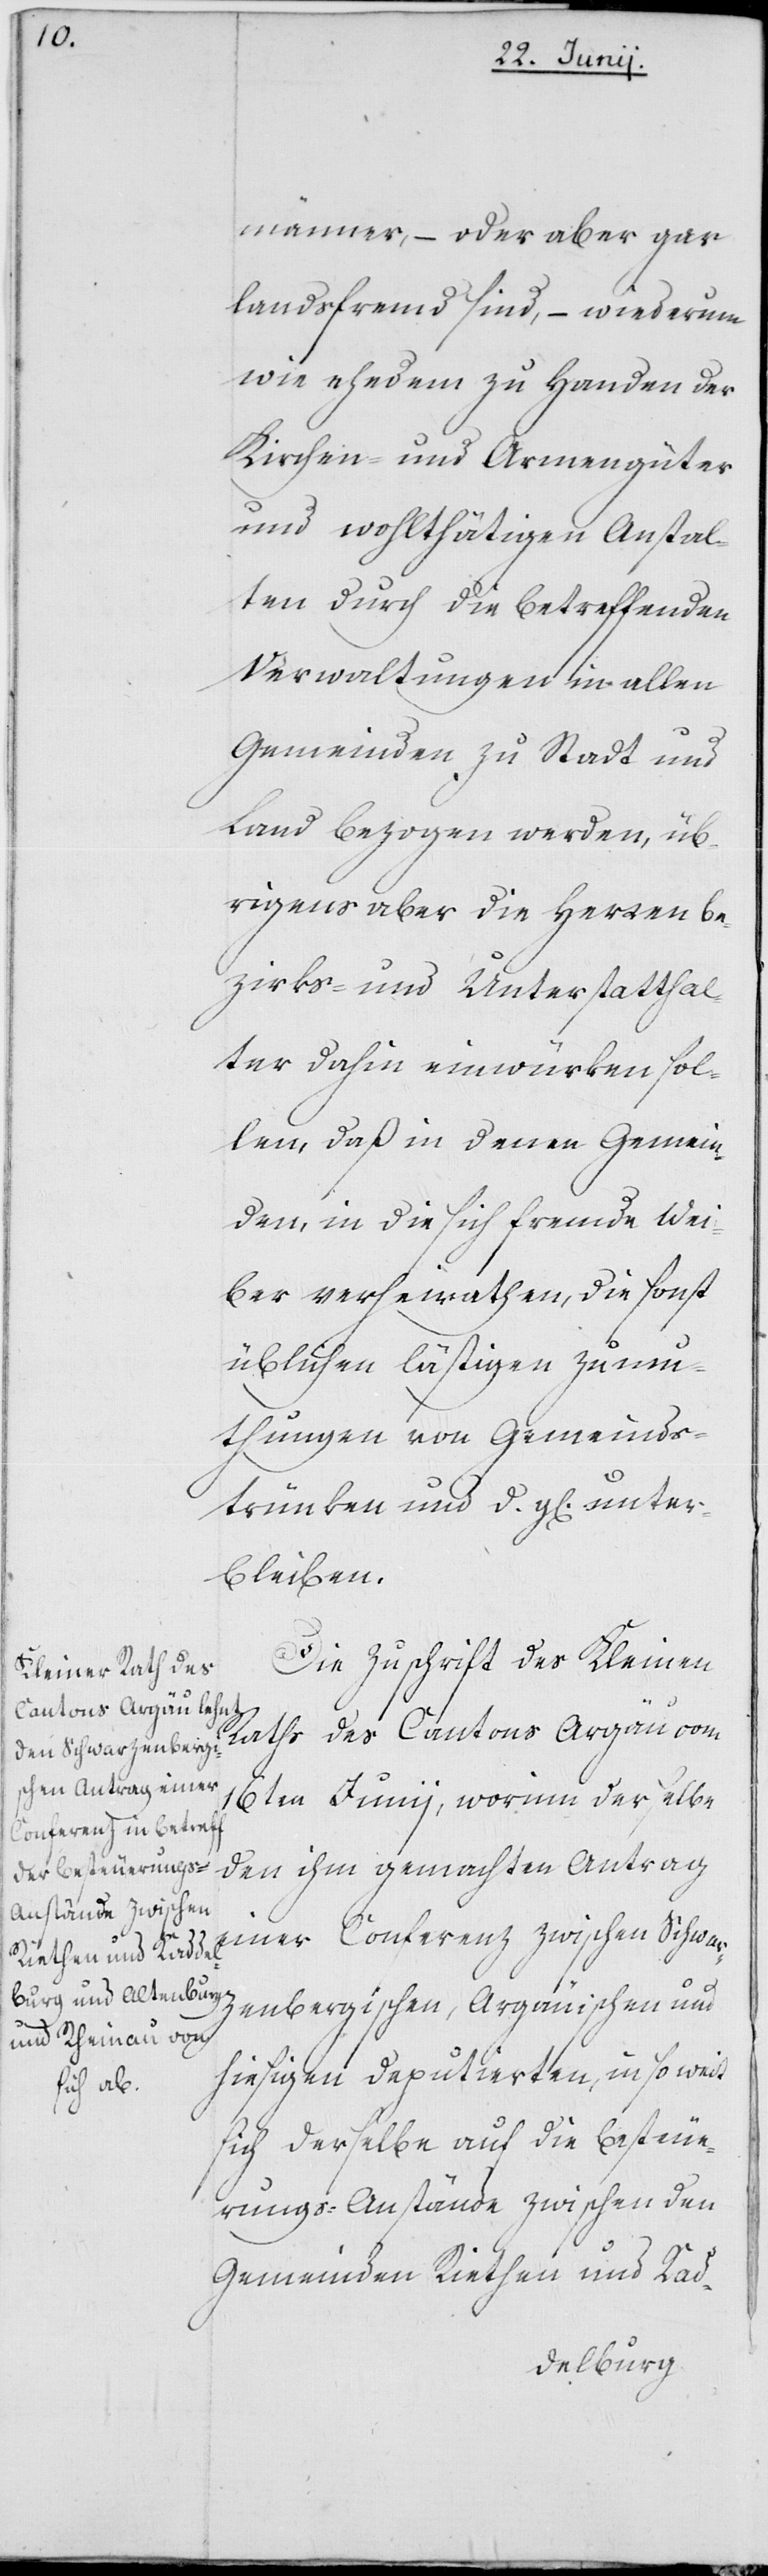
männer, – oder aber gar
landsfremd sind, – wiederum
wie ehedem zu Handen der
Kirchen- und Armengüter
und wohlthätigen Anstal¬
ten durch die betreffenden
Verwaltungen in allen
Gemeinden zu Stadt und
Land bezogen werden, üb¬
rigens aber die Herren Be¬
zirks- und Unterstatthal¬
ter dahin einwürken sol¬
len, daß in denen Gemein¬
den, in die sich fremde Wei¬
ber verheurathen, die sonst
üblichen lästigen Zumu¬
thungen von Gemeinds¬
trünken und d. gl. unter¬
bleiben.
Die Zuschrift des Kleinen
Raths des Kantons Aargäu vom
16ten Junii, worinn derselbe
den ihm gemachten Antrag
einer Conferenz zwischen Schwarz¬
enbergischen, Argauischen un¬
d
hiesigen Deputierten, insoweit
sich derselbe auf die Besteue¬
rungs-Anstände zwischen den
Gemeinden Riethen und Kad-